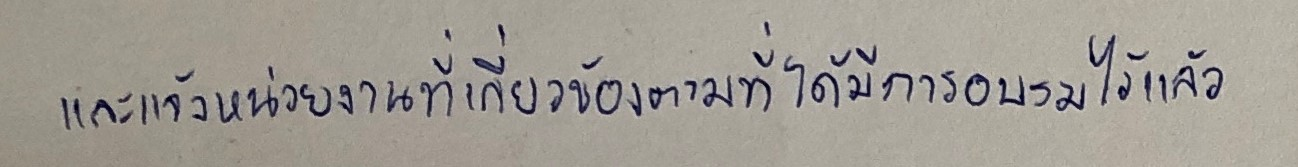
และแจ้งหน่วยงานที่เกี่ยวข้องตามที่ได้มีการอบรมไว้แล้ว